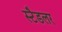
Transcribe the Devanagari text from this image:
स्टैडलर